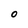
Character: o